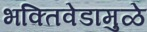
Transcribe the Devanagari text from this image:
भक्तिवेडामुळे